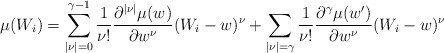
\begin{align*} \mu(W_i) &= \sum_{|\nu|=0}^{\gamma-1} \frac{1}{\nu!} \frac{\partial^{|\nu|} \mu(w)}{\partial w^\nu} (W_i-w)^\nu + \sum_{|\nu|=\gamma} \frac{1}{\nu!} \frac{\partial^{\gamma} \mu(w')}{\partial w^\nu} (W_i-w)^\nu \end{align*}